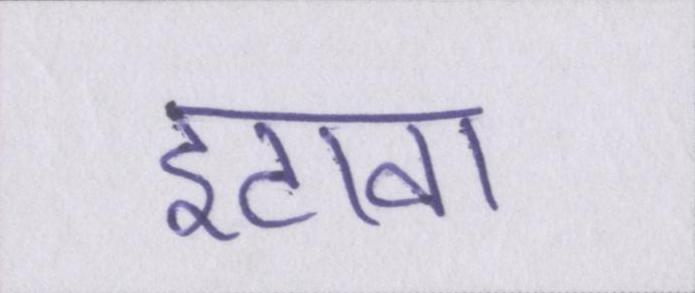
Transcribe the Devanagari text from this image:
इटावा